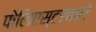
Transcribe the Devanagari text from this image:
पोलिएस्टरवाले